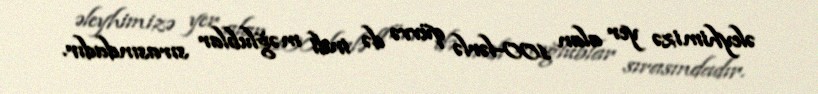
əleyhimizə yer alan 100-lərlə qüvvə də indi məğlublar sırasındadır.